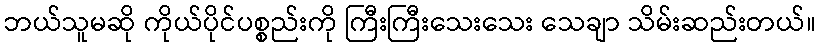
ဘယ်သူမဆို ကိုယ်ပိုင်ပစ္စည်းကို ကြီးကြီးသေးသေး သေချာ သိမ်းဆည်းတယ်။